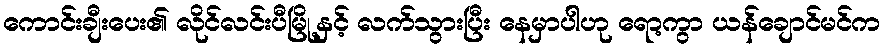
ကောင်းချီးပေး၏ လိုင်လင်းပီမြို့နှင့် လက်သွားပြီး နေမှာပါဟု ရော့ကွာ ယန်ချောင်မင်က